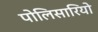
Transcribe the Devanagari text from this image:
पोलिसारियो